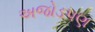
અજોડપણ